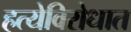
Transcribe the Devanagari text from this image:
हत्येविरोधात